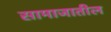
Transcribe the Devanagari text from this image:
सामाजातील